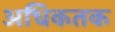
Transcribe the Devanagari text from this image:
अधिकतक